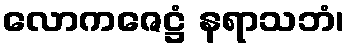
လောကဇေဋ္ဌံ နရာသဘံ၊